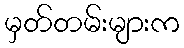
မှတ်တမ်းများက